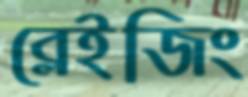
ব্লেইজিং